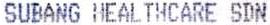
SUBANG HEALTHCARE SDN